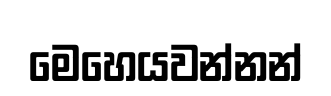
මෙහෙයවන්නන්